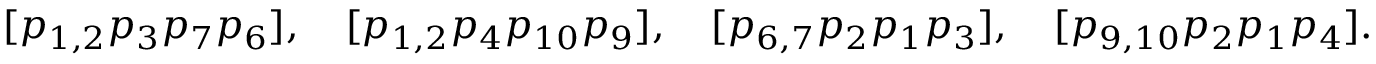
[ p _ { 1 , 2 } p _ { 3 } p _ { 7 } p _ { 6 } ] , \quad [ p _ { 1 , 2 } p _ { 4 } p _ { 1 0 } p _ { 9 } ] , \quad [ p _ { 6 , 7 } p _ { 2 } p _ { 1 } p _ { 3 } ] , \quad [ p _ { 9 , 1 0 } p _ { 2 } p _ { 1 } p _ { 4 } ] .